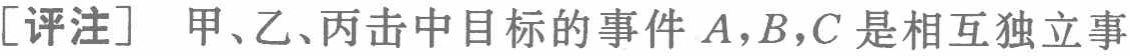
[评注] 甲、乙、丙击中目标的事件 \(A,B,C\) 是相互独立事